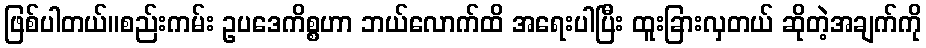
ဖြစ်ပါတယ်။စည်းကမ်း ဥပဒေကိစ္စဟာ ဘယ်လောက်ထိ အရေးပါပြီး ထူးခြားလှတယ် ဆိုတဲ့အချက်ကို